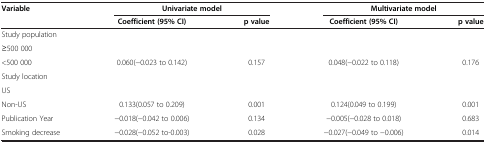
<table><thead><tr><td><b>Variable</b></td><td colspan="2"><b>Univariate model</b></td><td colspan="2"><b>Multivariate model</b></td></tr><tr><td><b> </b></td><td><b>Coefficient (95% CI)</b></td><td><b>p value</b></td><td><b>Coefficient (95% CI)</b></td><td><b>p value</b></td></tr></thead><tbody><tr><td>Study population</td><td> </td><td> </td><td> </td><td> </td></tr><tr><td>≥500 000</td><td> </td><td> </td><td> </td><td> </td></tr><tr><td>&lt;500 000</td><td>0.060(−0.023 to 0.142)</td><td>0.157</td><td>0.048(−0.022 to 0.118)</td><td>0.176</td></tr><tr><td>Study location</td><td> </td><td> </td><td> </td><td> </td></tr><tr><td>US</td><td> </td><td> </td><td> </td><td> </td></tr><tr><td>Non-US</td><td>0.133(0.057 to 0.209)</td><td>0.001</td><td>0.124(0.049 to 0.199)</td><td>0.001</td></tr><tr><td>Publication Year</td><td>−0.018(−0.042 to 0.006)</td><td>0.134</td><td>−0.005(−0.028 to 0.018)</td><td>0.683</td></tr><tr><td>Smoking decrease</td><td>−0.028(−0.052 to-0.003)</td><td>0.028</td><td>−0.027(−0.049 to −0.006)</td><td>0.014</td></tr></tbody></table>